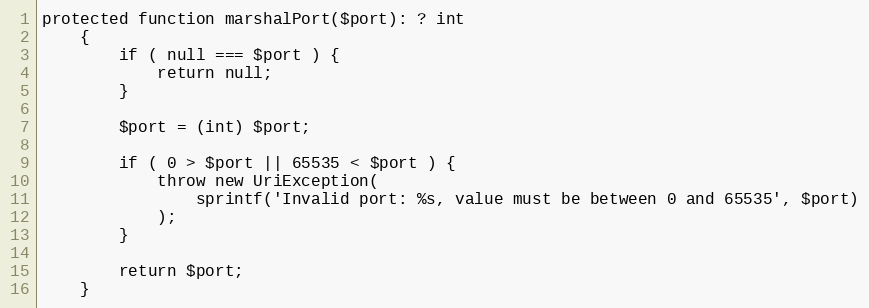
Language: PHP
protected function marshalPort($port): ? int
    {
        if ( null === $port ) {
            return null;
        }

        $port = (int) $port;

        if ( 0 > $port || 65535 < $port ) {
            throw new UriException(
                sprintf('Invalid port: %s, value must be between 0 and 65535', $port)
            );
        }

        return $port;
    }